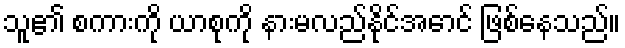
သူ၏ စကားကို ယာစုကို နားမလည်နိုင်အောင် ဖြစ်နေသည်။